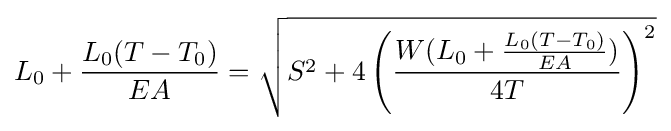
L_{0}+{\frac {L_{0}(T-T_{0})}{EA}}={\sqrt {S^{2}+4\left({\frac {W(L_{0}+{\frac {L_{0}(T-T_{0})}{EA}})}{4T}}\right)^{2}}}